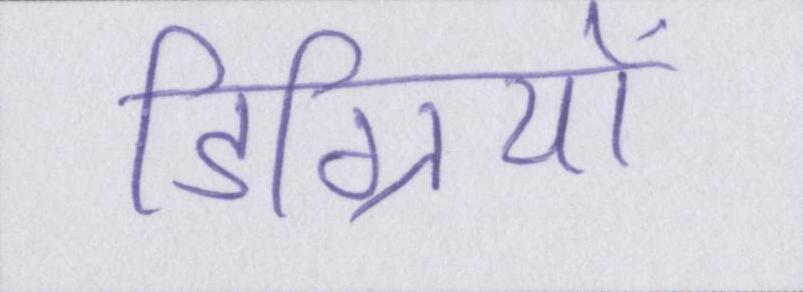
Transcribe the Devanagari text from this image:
डिग्रियों